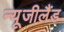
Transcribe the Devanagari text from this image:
न्‍यूजीलैंड